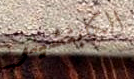
الكابتشينو